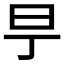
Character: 𣄿